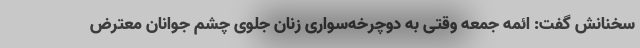
سخنانش گفت: ائمه جمعه وقتی به دوچرخه‌سواری زنان جلوی چشم جوانان معترض